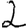
Digit: 2